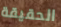
الحقيقة